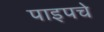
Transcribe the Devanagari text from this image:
पाइपचे